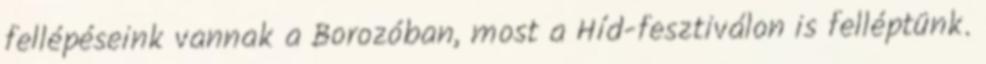
fellépéseink vannak a Borozóban, most a Híd-fesztiválon is felléptünk.